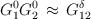
\begin{align*}G^0_1G^0_2\,\approx\,G^{\delta}_{12}\end{align*}